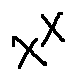
x ^ { X }